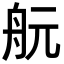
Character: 𦨞